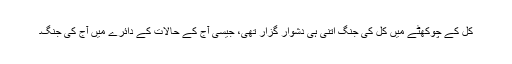
کل کے چوکھٹے میں کل کی جنگ اتنی ہی دشوار گزار تھی، جیسی آج کے حالات کے دائرے میں آج کی جنگ۔